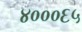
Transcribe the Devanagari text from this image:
४०००६५